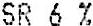
SR 6 %